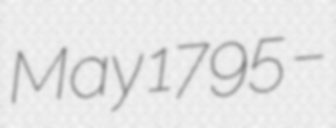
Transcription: May 1795 –